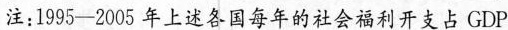
注:1995-2005年上述各国每年的社会福利开支占GDP